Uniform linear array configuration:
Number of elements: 48
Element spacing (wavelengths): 0.75
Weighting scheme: hann
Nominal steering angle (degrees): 15
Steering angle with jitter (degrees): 14.154
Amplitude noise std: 0.05
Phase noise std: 0.05

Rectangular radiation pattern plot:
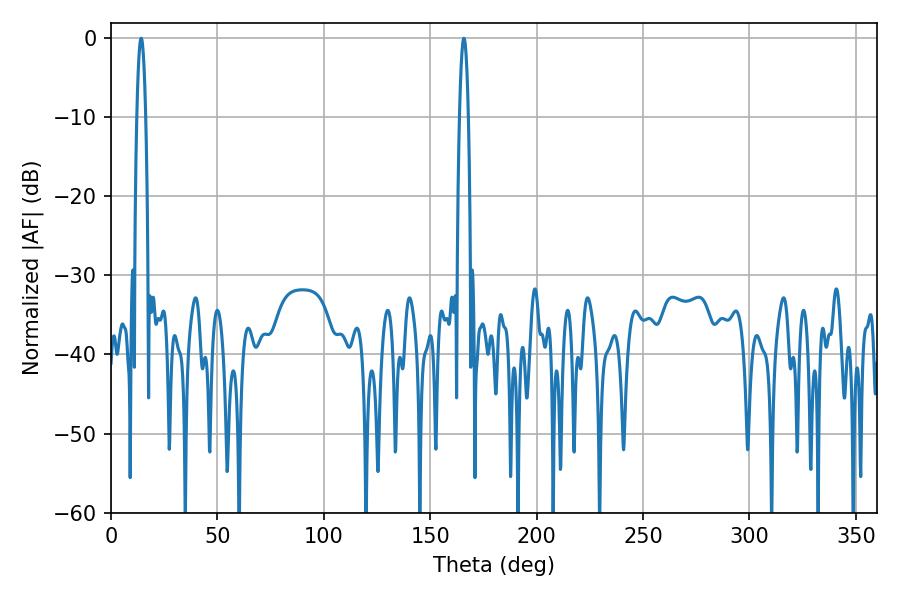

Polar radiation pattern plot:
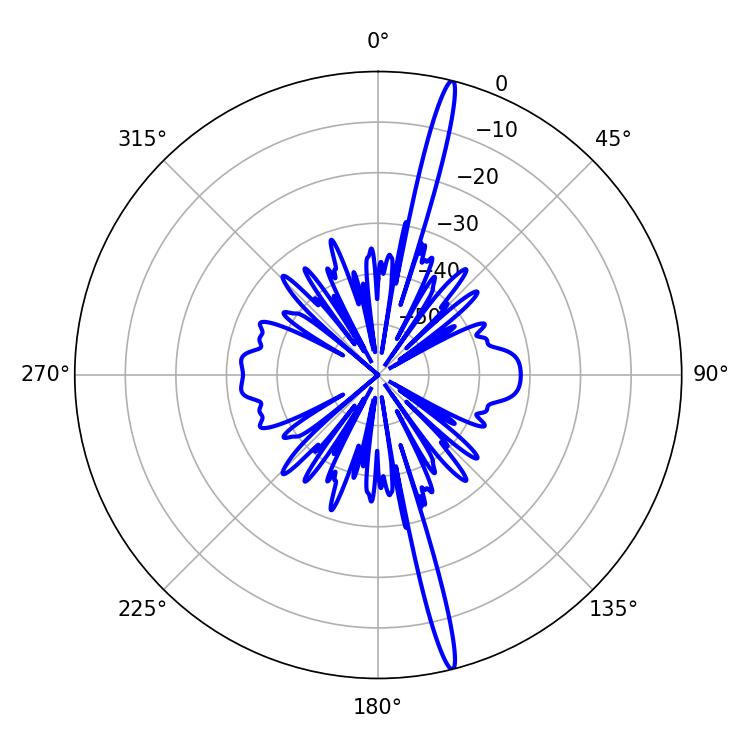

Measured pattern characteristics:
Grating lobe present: TRUE
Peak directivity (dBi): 19.69
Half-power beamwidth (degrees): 2.16
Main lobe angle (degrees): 14.22